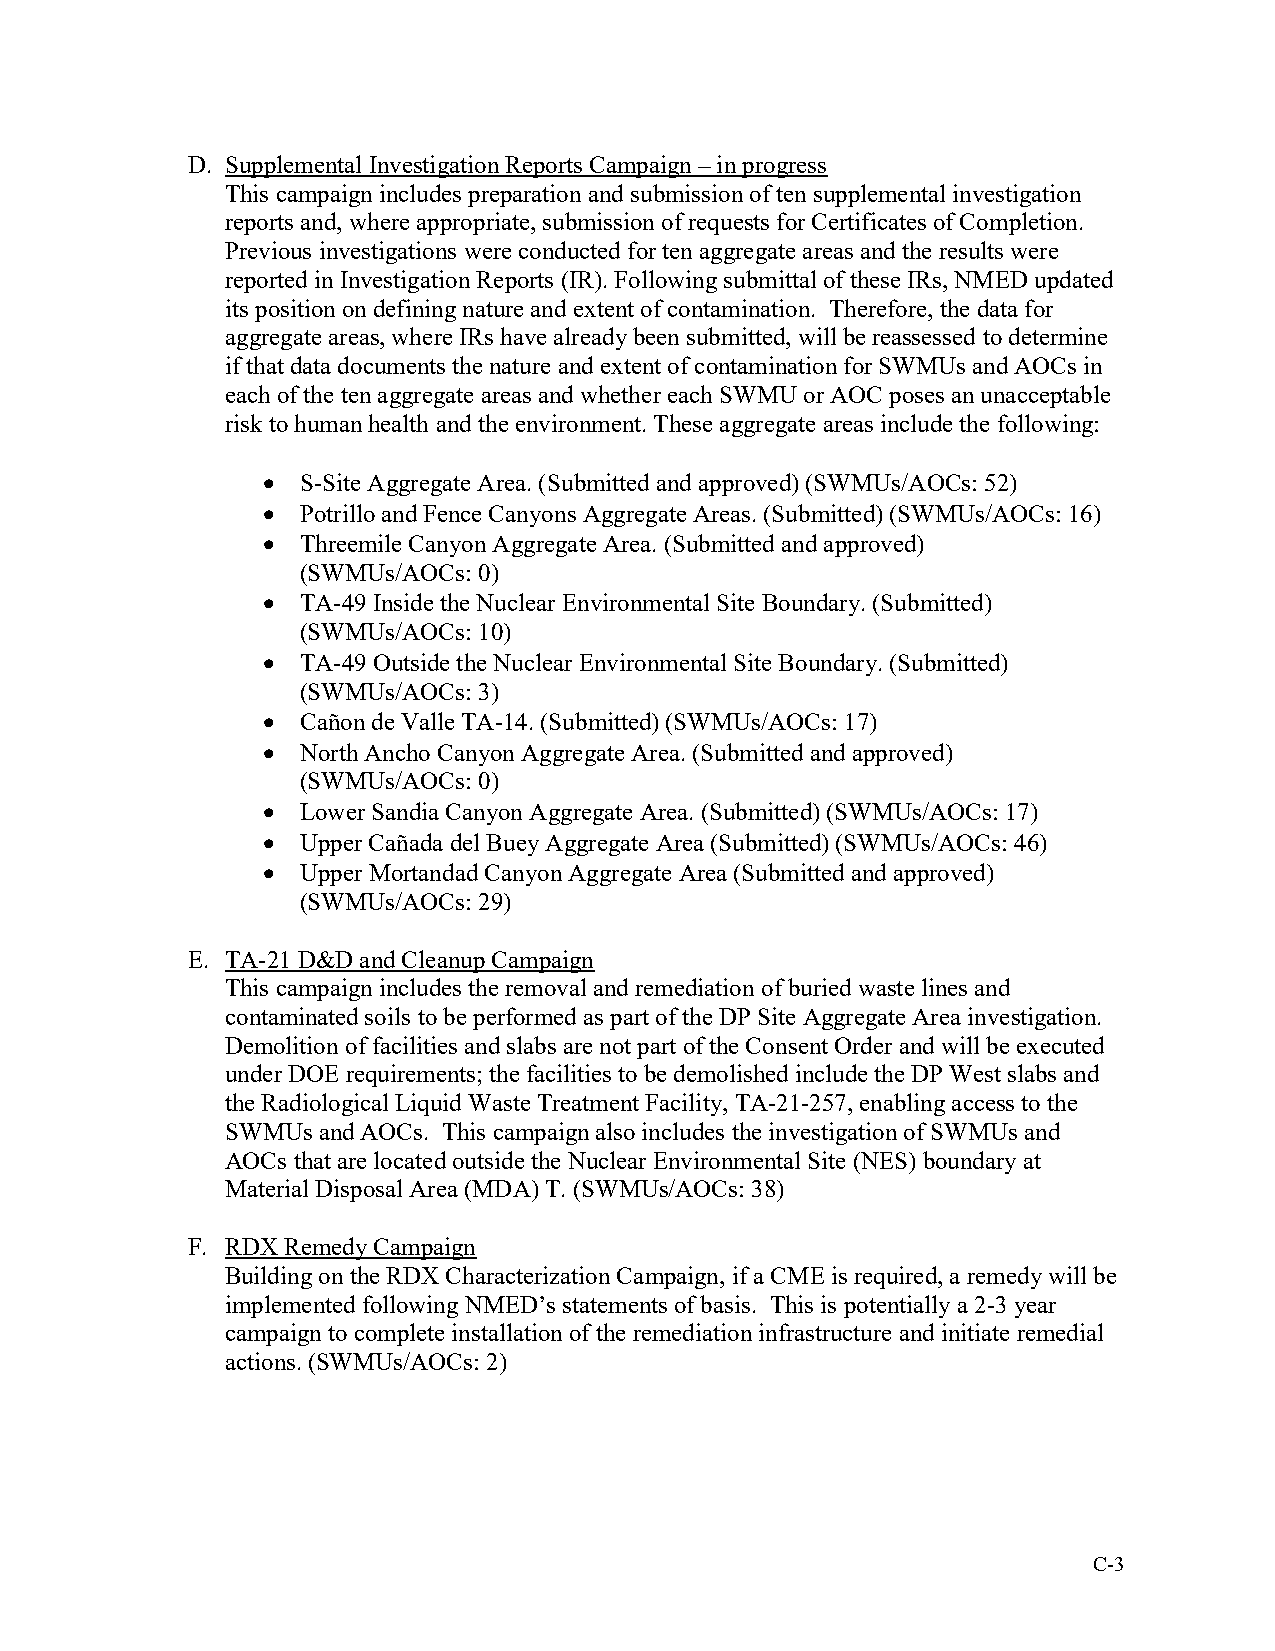
D. Supplemental Investigation Reports Campaign – in progress
 This campaign includes preparation and submission of ten supplemental investigation
 reports and, where appropriate, submission of requests for Certificates of Completion.
 Previous investigations were conducted for ten aggregate areas and the results were
 reported in Investigation Reports (IR). Following submittal of these IRs, NMED updated
 its position on defining nature and extent of contamination. Therefore, the data for
 aggregate areas, where IRs have already been submitted, will be reassessed to determine
 if that data documents the nature and extent of contamination for SWMUs and AOCs in
 each of the ten aggregate areas and whether each SWMU or AOC poses an unacceptable
 risk to human health and the environment. These aggregate areas include the following:
   S-Site Aggregate Area. (Submitted and approved) (SWMUs/AOCs: 52)
   Potrillo and Fence Canyons Aggregate Areas. (Submitted) (SWMUs/AOCs: 16)
   Threemile Canyon Aggregate Area. (Submitted and approved)
 (SWMUs/AOCs: 0)
   TA-49 Inside the Nuclear Environmental Site Boundary. (Submitted)
 (SWMUs/AOCs: 10)
   TA-49 Outside the Nuclear Environmental Site Boundary. (Submitted)
 (SWMUs/AOCs: 3)
   Cañon de Valle TA-14. (Submitted) (SWMUs/AOCs: 17)
   North Ancho Canyon Aggregate Area. (Submitted and approved)
 (SWMUs/AOCs: 0)
   Lower Sandia Canyon Aggregate Area. (Submitted) (SWMUs/AOCs: 17)
   Upper Cañada del Buey Aggregate Area (Submitted) (SWMUs/AOCs: 46)
   Upper Mortandad Canyon Aggregate Area (Submitted and approved)
 (SWMUs/AOCs: 29)
 E. TA-21 D&D and Cleanup Campaign
 This campaign includes the removal and remediation of buried waste lines and
 contaminated soils to be performed as part of the DP Site Aggregate Area investigation.
 Demolition of facilities and slabs are not part of the Consent Order and will be executed
 under DOE requirements; the facilities to be demolished include the DP West slabs and
 the Radiological Liquid Waste Treatment Facility, TA-21-257, enabling access to the
 SWMUs and AOCs. This campaign also includes the investigation of SWMUs and
 AOCs that are located outside the Nuclear Environmental Site (NES) boundary at
 Material Disposal Area (MDA) T. (SWMUs/AOCs: 38)
 F. RDX Remedy Campaign
 Building on the RDX Characterization Campaign, if a CME is required, a remedy will be
 implemented following NMED’s statements of basis. This is potentially a 2-3 year
 campaign to complete installation of the remediation infrastructure and initiate remedial
 actions. (SWMUs/AOCs: 2)
 C-3